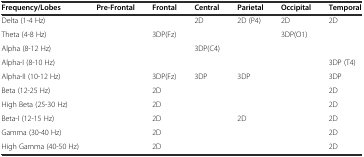
<table><thead><tr><td><b>Frequency/Lobes</b></td><td><b>Pre-Frontal</b></td><td><b>Frontal</b></td><td><b>Central</b></td><td><b>Parietal</b></td><td><b>Occipital</b></td><td><b>Temporal</b></td></tr></thead><tbody><tr><td>Delta (1-4 Hz)</td><td></td><td></td><td>2D</td><td>2D (P4)</td><td>2D</td><td>2D</td></tr><tr><td>Theta (4-8 Hz)</td><td></td><td>3DP(Fz)</td><td></td><td></td><td>3DP(O1)</td><td></td></tr><tr><td>Alpha (8-12 Hz)</td><td></td><td></td><td>3DP(C4)</td><td></td><td></td><td></td></tr><tr><td>Alpha-I (8-10 Hz)</td><td></td><td></td><td></td><td></td><td></td><td>3DP (T4)</td></tr><tr><td>Alpha-II (10-12 Hz)</td><td></td><td>3DP(Fz)</td><td>3DP</td><td>3DP</td><td></td><td>3DP</td></tr><tr><td>Beta (12-25 Hz)</td><td></td><td>2D</td><td></td><td></td><td></td><td>2D</td></tr><tr><td>High Beta (25-30 Hz)</td><td></td><td>2D</td><td></td><td></td><td></td><td>2D</td></tr><tr><td>Beta-I (12-15 Hz)</td><td></td><td>2D</td><td></td><td>2D</td><td></td><td>2D</td></tr><tr><td>Gamma (30-40 Hz)</td><td></td><td>2D</td><td></td><td></td><td></td><td>2D</td></tr><tr><td>High Gamma (40-50 Hz)</td><td></td><td>2D</td><td></td><td></td><td></td><td>2D</td></tr></tbody></table>